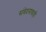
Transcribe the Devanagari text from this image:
संवेदनावाही